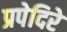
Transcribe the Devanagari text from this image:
प्रपेदिरे